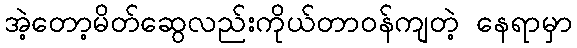
အဲ့တော့မိတ်ဆွေလည်းကိုယ်တာဝန်ကျတဲ့ နေရာမှာ